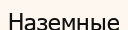
Наземные